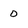
Character: 0